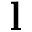
\mathbf { l }